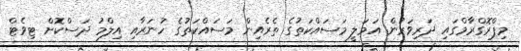
މިޕްރޮގްރާމްގައި ދަރިވަރުން އަމަލީ މަސައްކަތުގެ ތެރެއިން މަސައްކަތުގެ ހުނަރާއި އިލްމު ދަސްކޮށް ޓިވެޓް